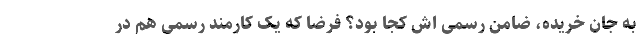
به جان خریده، ضامن رسمی اش کجا بود؟ فرضا که یک کارمند رسمی هم در